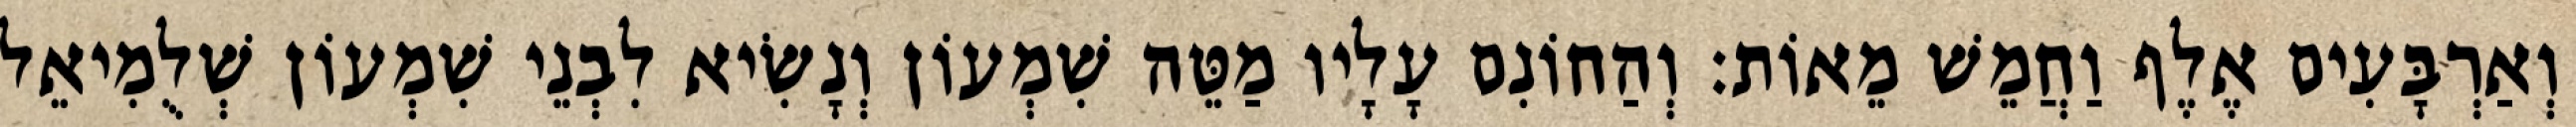
וְאַרְבָּעִים אֶלֶף וַחֲמֵשׁ מֵאוֹת׃ וְהַחוֹנִם עָלָיו מַטֵּה שִׁמְעוֹן וְנָשִׂיא לִבְנֵי שִׁמְעוֹן שְׁלֻמִיאֵל